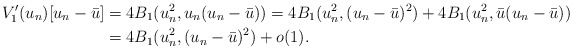
\begin{align*} V'_1(u_n)[u_n - \bar{u}] & = 4B_1(u_n^2, u_n(u_n - \bar{u})) = 4B_1(u_n^2, (u_n - \bar{u})^2) + 4B_1(u_n^2, \bar{u}(u_n - \bar{u}))\\&=4B_1(u_n^2, (u_n - \bar{u})^2)+o(1).\end{align*}